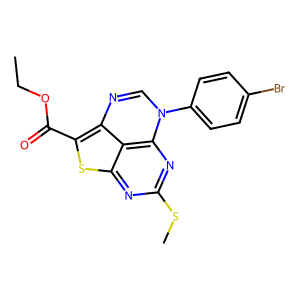
SMILES: CCOC(=O)c1sc2nc(SC)nc3c2c1ncn3-c1ccc(Br)cc1
Inhibits HIV replication: No